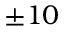
\pm 1 0